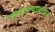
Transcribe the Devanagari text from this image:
पालटण्याकरिता